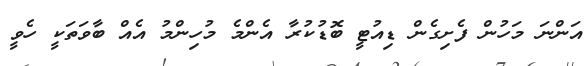
އަންނަ މަހުން ފެށިގެން ޑިއުޓީ ބޮޑުކުރާ އެންމެ މުހިންމު އެއް ބާވަތަކީ ހެވީ